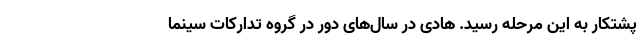
پشتکار به این مرحله رسید. هادی در سال‌های دور در گروه تدارکات سینما